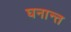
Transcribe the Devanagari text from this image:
घनान्त